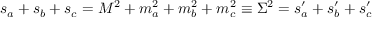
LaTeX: s _ { a } + s _ { b } + s _ { c } = M ^ { 2 } + m _ { a } ^ { 2 } + m _ { b } ^ { 2 } + m _ { c } ^ { 2 } \equiv \Sigma ^ { 2 } = s _ { a } ^ { \prime } + s _ { b } ^ { \prime } + s _ { c } ^ { \prime }